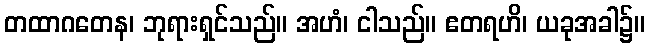
တထာဂတေန၊ ဘုရားရှင်သည်။ အဟံ၊ ငါသည်။ ဧတရဟိ၊ ယခုအခါ၌။